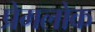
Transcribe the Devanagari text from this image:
प्रेमलोक